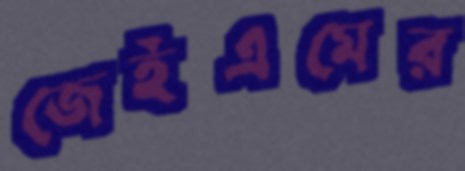
জেইএমের